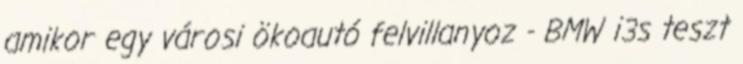
amikor egy városi ökoautó felvillanyoz - BMW i3s teszt